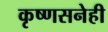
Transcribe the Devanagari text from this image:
कृष्णसनेही